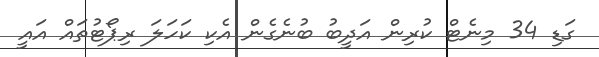
ގަޑި 34 މިނެޓް ކުރިން އަދީބު ބުނެގެން އެކި ކަހަލަ ރިޕޯޓުތައް އައީ